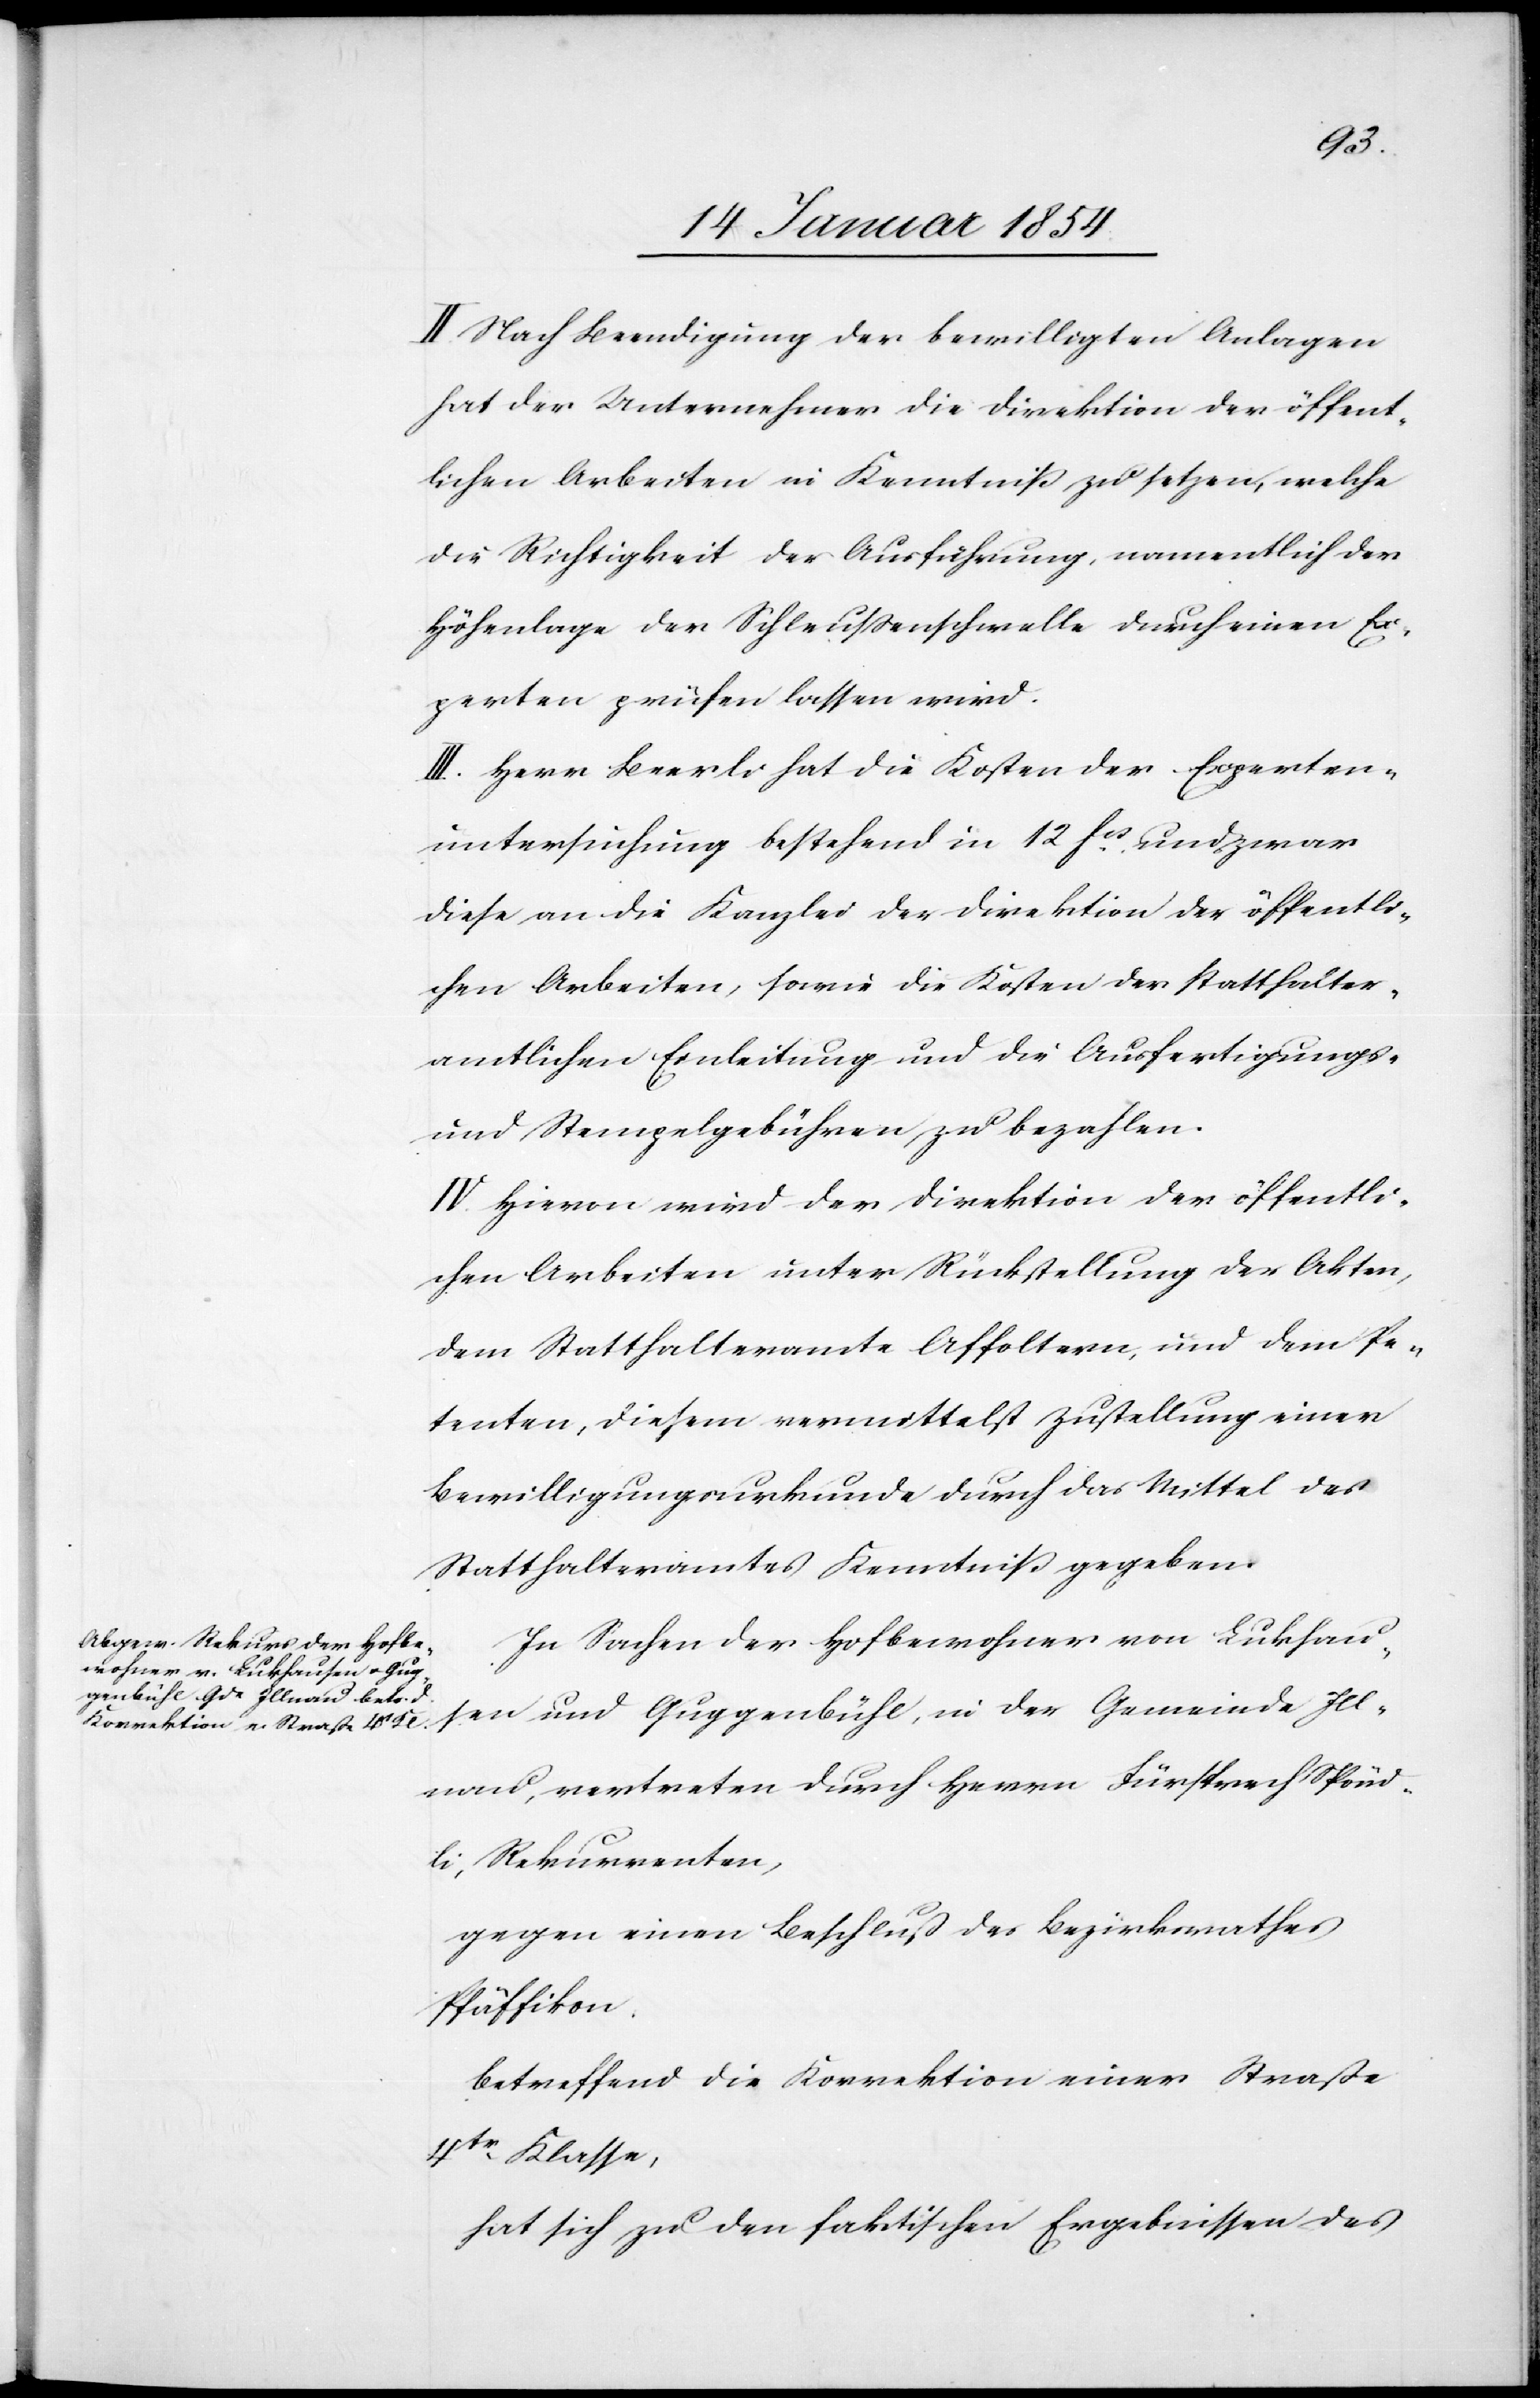
II. Nach Beendigung der bewilligten Anlagen
hat der Unternehmer die Direktion der öffent¬
lichen Arbeiten in Kenntnis zu setzen, welche
die Richtigkeit der Ausführung, namentlich der
Höhenlage der Schleußenschwelle durch einen Ex¬
perten prüfen lassen wird.
III. Herr Beerli hat die Kosten der Experten¬
untersuchung bestehend in 12 Fcs. und zwar
diese an die Kanzlei der Direktion der öffentli¬
chen Arbeiten, sowie die Kosten der statthalter¬
amtlichen Einleitung und die Ausfertigungs-
und Stempelgebühren zu bezahlen.
IV. Hievon wird der Direktion der öffentli¬
chen Arbeiten unter Rückstellung der Akten,
dem Statthalteramte Affoltern, und dem Pe¬
tenten, diesem vermittelst Zustellung einer
Bewilligungsurkunde durch das Mittel des
Statthalteramtes Kenntniß gegeben.
In Sachen der Hofbewohner von Lukhau¬
sen und Guggenbühl, in der Gemeinde Ill¬
nau, vertreten durch Herrn Fürsprech Spönd¬
li, Rekurrenten,
gegen einen Beschluß des Bezirksrathes
Pfäffikon.
betreffend die Korrektion einer Straße
4tr Klasse,
hat sich zu den faktischen Ergebnissen des